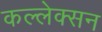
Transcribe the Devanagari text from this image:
कल्लेक्सन